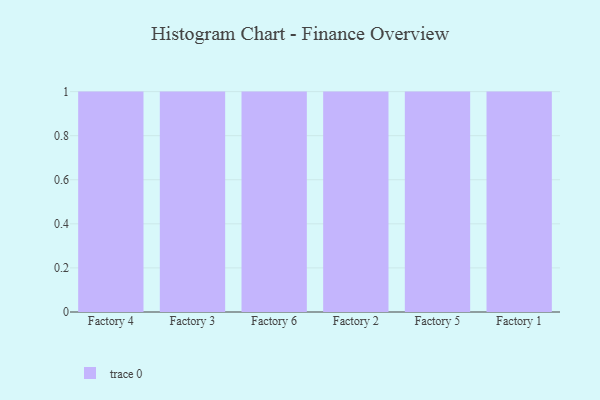
{"axis": {"x": "Factory", "y": "Tickets Resolved"}, "legend": [""], "data": [{"x": "Factory 4", "y": 69, "type": ""}, {"x": "Factory 3", "y": 62, "type": ""}, {"x": "Factory 6", "y": 5, "type": ""}, {"x": "Factory 2", "y": 39, "type": ""}, {"x": "Factory 5", "y": 52, "type": ""}, {"x": "Factory 1", "y": 38, "type": ""}]}